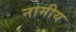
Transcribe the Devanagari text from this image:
नामीय